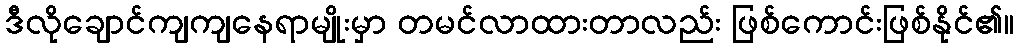
ဒီလိုချောင်ကျကျနေရာမျိုးမှာ တမင်လာထားတာလည်း ဖြစ်ကောင်းဖြစ်နိုင်၏။